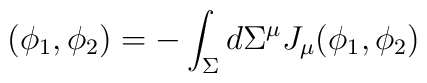
(\phi_{1},\phi_{2})=-\int_{\Sigma}d\Sigma^{\mu}J_{\mu}(\phi_{1},\phi_{2})